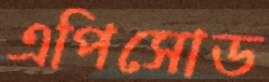
এপিসোড